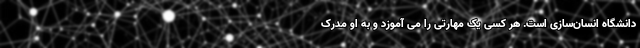
دانشگاه انسان‌سازی است. هر کسی یک مهارتی را می آموزد و به او مدرک